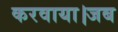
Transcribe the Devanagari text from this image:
करवाया।जब